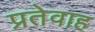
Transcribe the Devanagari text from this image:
प्रतेवाह